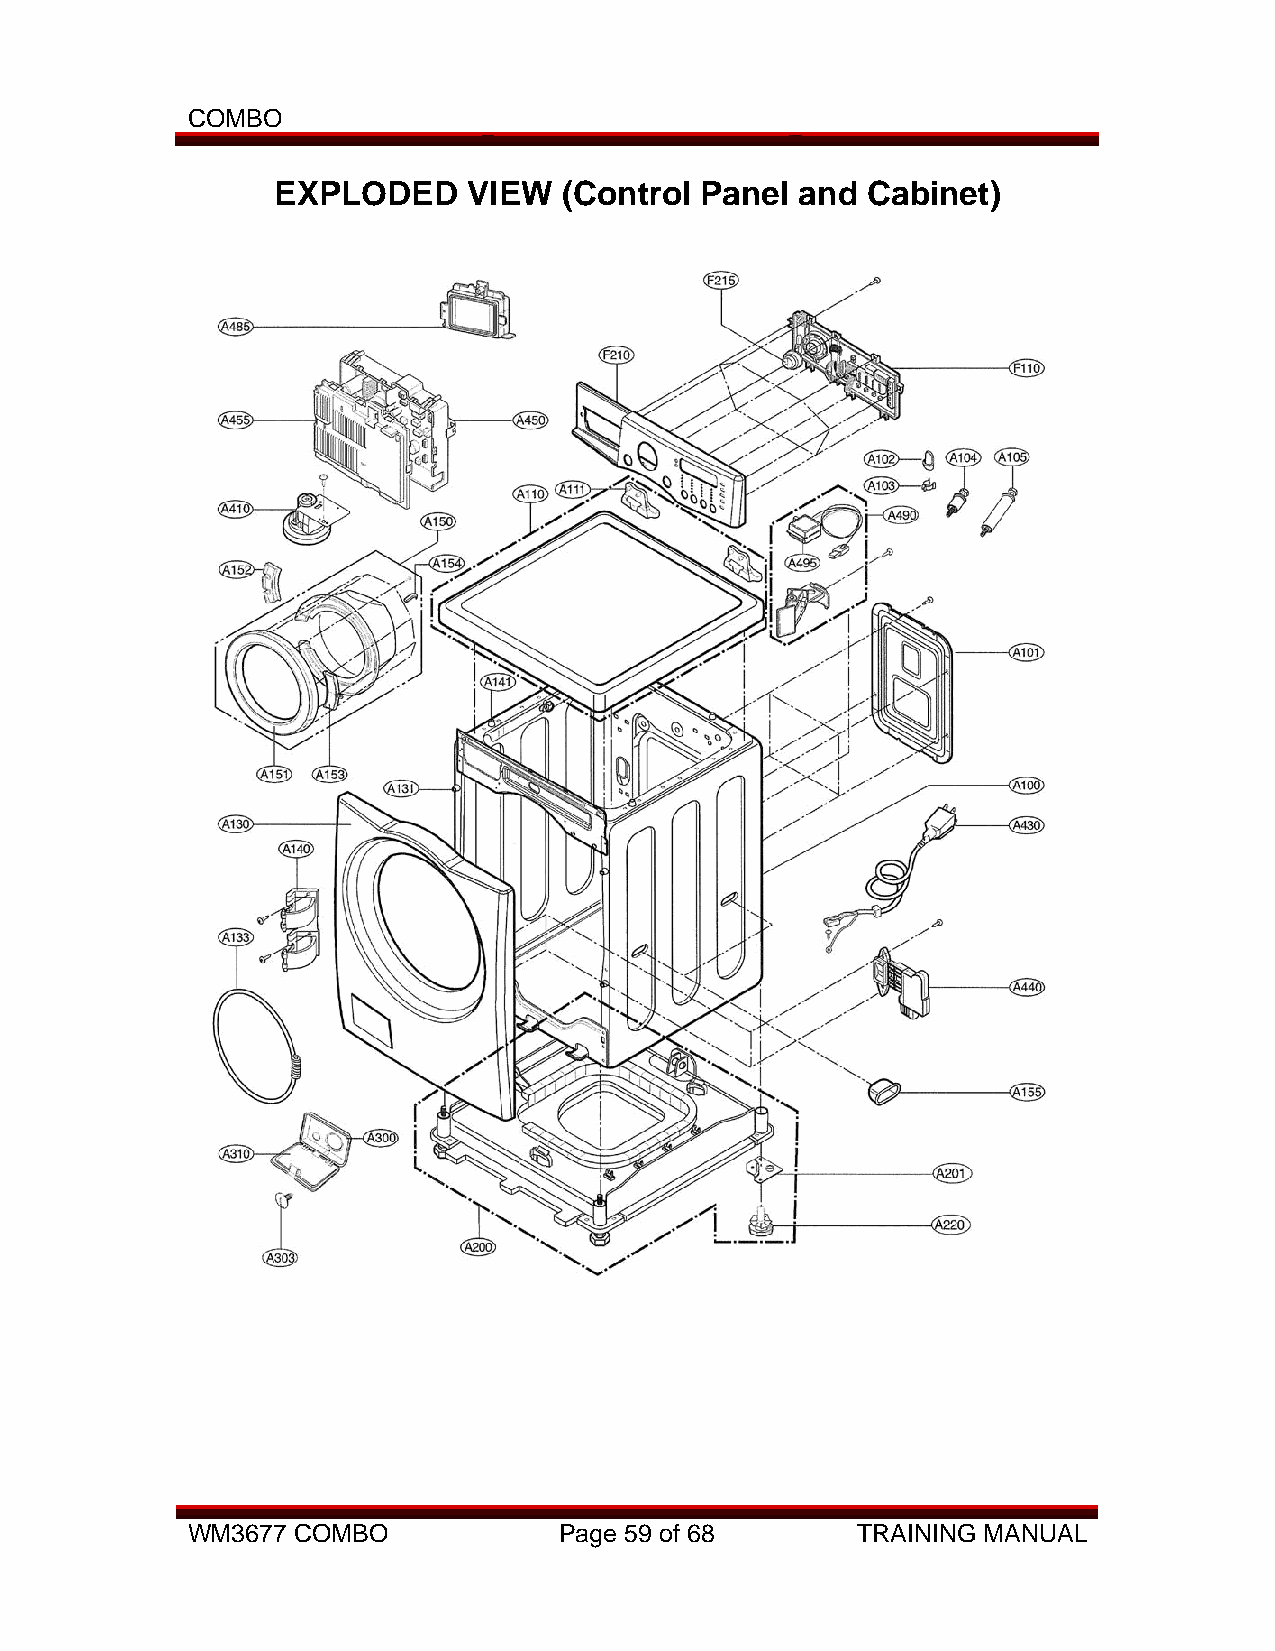
COMBO
 EXPLODED     VIEW  (Control Panel  and Cabinet)
 WM3677 COMBO             Page 59 of 68       TRAINING MANUAL